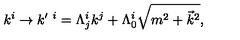
k ^ { i } \rightarrow k ^ { \prime \ i } = \Lambda _ { j } ^ { i } k ^ { j } + \Lambda _ { 0 } ^ { i } \sqrt { m ^ { 2 } + { \vec { k } } ^ { 2 } } ,